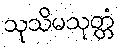
သုသိမသုတ္တံ